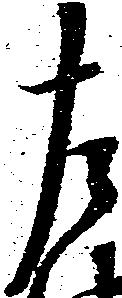
左